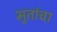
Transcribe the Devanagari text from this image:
भुतांचा